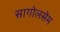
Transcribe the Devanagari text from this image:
सागोलसेम